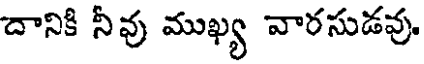
దానికి నీవు ముఖ్య వారసుడవు.